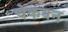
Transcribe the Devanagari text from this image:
चेकवन